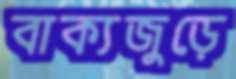
বাক্যজুড়ে